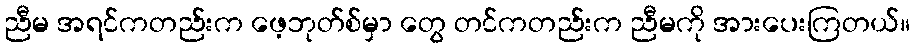
ညီမ အရင်ကတည်းက ဖေ့ဘုတ်စ်မှာ တွေ တင်ကတည်းက ညီမကို အားပေးကြတယ်။